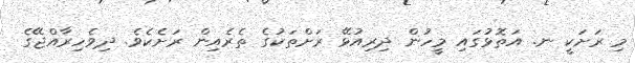
މި ރަށަކީ ނ. އަތޮޅުގައި މީހުން ދިރިއުޅޭ ރަށްތަކުގެ ތެރެއިން ރަށެކެވެ. ދިވެހިރާއްޖޭގެ